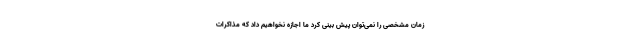
زمان مشخصی را نمی‌توان پیش بینی کرد ما اجازه نخواهیم داد که مذاکرات